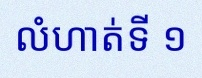
លំហាត់ទី ១